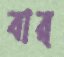
বার্